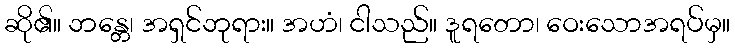
ဆို၏။ ဘန္တေ၊ အရှင်ဘုရား။ အဟံ၊ ငါသည်။ ဒူရတော၊ ဝေးသောအရပ်မှ။